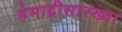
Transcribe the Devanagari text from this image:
हेमाद्रीसारख्या